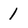
Character: 1